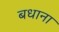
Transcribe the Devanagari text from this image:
बधाना